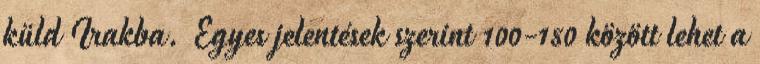
küld Irakba. Egyes jelentések szerint 100-150 között lehet a